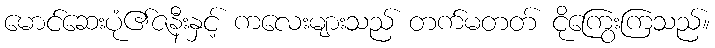
မောင်ဆေးပုံ၏ဇနီးနှင့် ကလေးများသည် တက်မတတ် ငိုကြွေးကြသည်။